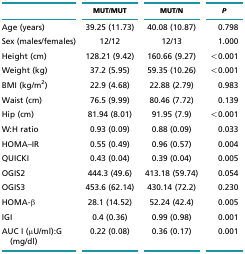
|  | MUT/MUT | MUT/N | P |
 | --- | --- | --- | --- |
 | Age (years) | 39.25 (11.73) | 40.08 (10.87) | 0.798 |
 | Sex (males/females) | 12/12 | 12/13 | 1.000 |
 | Height (cm) | 128.21 (9.42) | 160.66 (9.27) | <0.001 |
 | Weight (kg) | 37.2 (5.95) | 59.35 (10.26) | <0.001 |
 | BMI (kg/m2) | 22.9 (4.68) | 22.88 (2.79) | 0.983 |
 | Waist (cm) | 76.5 (9.99) | 80.46 (7.72) | 0.139 |
 | Hip (cm) | 81.94 (8.01) | 91.95 (7.9) | <0.001 |
 | W:H ratio | 0.93 (0.09) | 0.88 (0.09) | 0.033 |
 | HOMA–IR | 0.55 (0.49) | 0.96 (0.57) | 0.004 |
 | QUICKI | 0.43 (0.04) | 0.39 (0.04) | 0.005 |
 | OGIS2 | 444.3 (49.6) | 413.18 (59.74) | 0.054 |
 | OGIS3 | 453.6 (62.14) | 430.14 (72.2) | 0.230 |
 | HOMA-β | 28.1 (14.52) | 52.24 (42.4) | 0.005 |
 | IGI | 0.4 (0.36) | 0.99 (0.98) | 0.001 |
 | AUC I (μU/ml):G(mg/dl) | 0.22 (0.08) | 0.36 (0.17) | 0.001 |